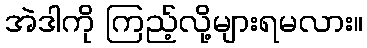
အဲဒါကို ကြည့်လို့များရမလား။